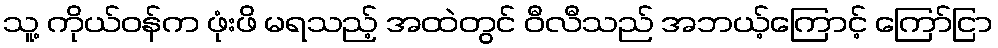
သူ့ ကိုယ်ဝန်က ဖုံးဖိ မရသည့် အထဲတွင် ဝီလီသည် အဘယ့်ကြောင့် ကြော်ငြာ